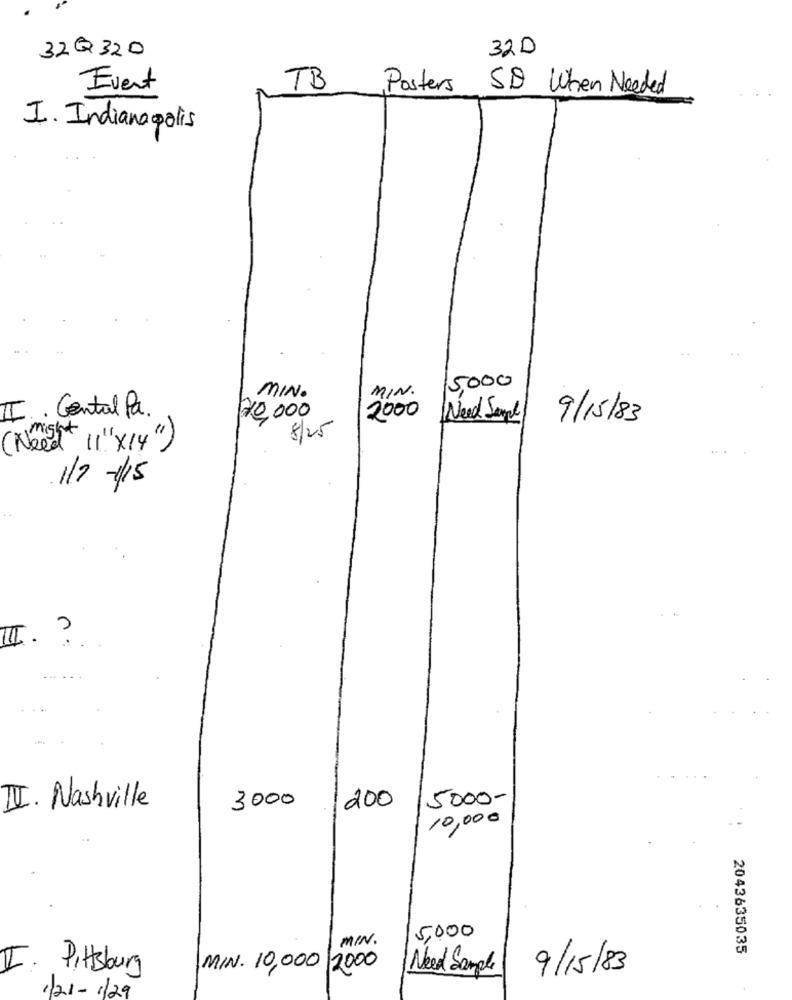
32D
32Q320
Event
TB
Posters
SD When Needed
I. Indianapolis
MIN.
15,000
MIN.
II . Gental Pa.
20,000
2000
Need Sempl
9/15/83
8/25
might
( Need 11"x14")
1/7 -15
I ?
5000-
II. Nashville
3000
200
10,000
5,000
MIN.
2043635035
I. Pittsburg
MIN. 10,000 2000
9/15/83
Need Sample
1/21- 1/29